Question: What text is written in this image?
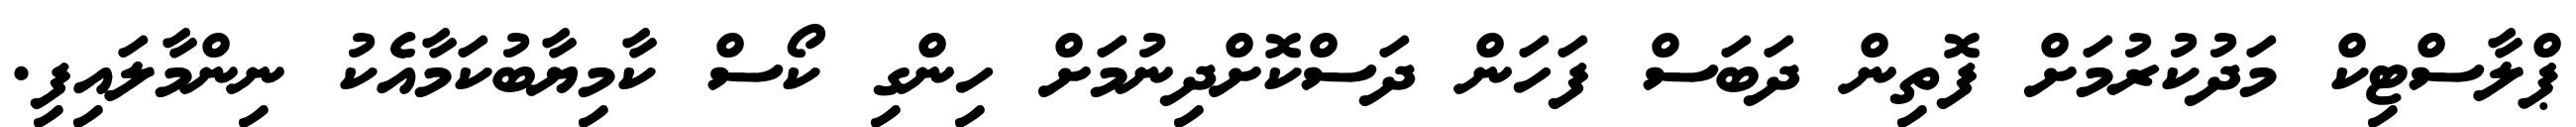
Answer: ޕްލާސްޓިކް މަދުކުރުމަށް ފޮތިން ދަބަސް ފަހަން ދަސްކޮށްދިނުމަށް ހިންގި ކޯސް ކާމިޔާބުކަމާއެކު ނިންމާލައިފި.